Report on sanitation, dispensaries, and jails in Rajputana for 1912, and on vaccination for the year 1912-1913 - 1912-1913
Year: 1912
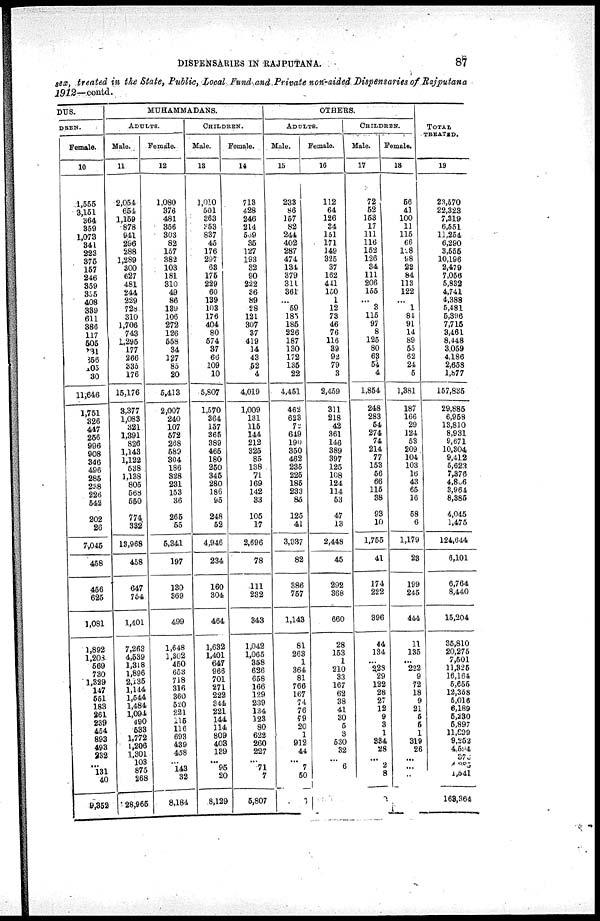
DISPENSARIES IN RAJPUTANA.
87
sex, treated in the State, Public, Local Fund and Private non-aided Dispensaries of Rajputana
1912—contd.
DUS.
DREN.
Female.
10
1,555
3,151
364
359
1,073
341
223
376
157
246
359
355
408
389
611
380
117
505
31
366
105
30
11,646
1,751
326
447
256
996
908
346
496
285
238
226
542
202
26
7,045
458
456
625
1,081
1,892
1,208
569
730
1,829
147
551
183
261
239
454
893
493
232
...
131
40
9,352
MUHAMMADANS.
ADULTS.
Male.
11
2,054
654
1,159
878
941
296
288
1,289
300
627
481
244
229
728
310
1,706
743
1,295
177
266
335
176
15,176
3,377
1,083
321
1,391
826
1,143
1,122
538
1,138
805
568
550
774
332
13,968
458
647
754
1,401
7,263
4,539
1,318
1,896
2,135
1,144
1,544
1,484
1,094
490
633
1,772
1,206
1,301
103
875
268
28,965
Female.
12
1,080
376
481
356
303
82
157
382
103
181
310
49
86
139
106
272
126
558
34
127
85
20
5,413
2,007
240
107
572
268
589
304
186
328
231
153
36
265
55
5,341
197
130
369
499
1,648
1,302
450
653
718
316
360
520
221
115
116
693
439
458
...
143
32
8,184
CHILDREN.
Male.
13
1,010
501
363
353
837
45
176
297
68
175
229
60
139
103
176
404
80
574
37
66
109
10
5,807
1,570
364
157
365
389
465
180
250
345
280
186
95
248
52
4,946
234
160
304
464
1,632
1,401
647
966
701
271
222
344
221
144
114
809
403
139
... 96
20
8,129
Female.
14
713
428
246
214
539
35
127
193
32
90
222
36
89
28
121
307
37
419
14
43
52
4
4,019
1,009
131
116
144
212
325
85
138
71
169
142
33
105
17
2,696
78
111
232
343
1,042
1,065
358
626
658
166
129
239
134
123
80
622
260
227
...
71
7
5,807
OTHERS.
ADULTS.
Male.
15
233
86
157
82
244
402
287
474
134
379
311
361
...
59
185 185
226
187
130
172
135
22
4,451
462
623
72
649
190
350
462
235
225
185
233
85
125
41
3,937
82
386
757
1,143
81
263
1
364
81
766
167
74
76
79
20
1
912
44
...
7
50
Female.
16
112
64
126
34
151
171
149
325
37
162
441
150
1
12
73
46
76
116
39
92
79
3
2,459
311
218
42
361
146
389
397
125
108
124
114
53
47
13
2,448
45
292
368
660
28
153
1
210
33
167
62
38
41
30
5
3
530
32
... 6
CHILDREN.
Male.
17
72
52
153
17
111
116
152
126
34
111
206
155
...
3
115
97
8
125
80
63
61
4
1,854
248
283
54
274
74
214
77
153
56
66
115
38
93
10
1,755
41
174
222
396
44
134
...
228
29
122
28
27
12
9
3
1
334
28
... 2
8
Female.
18
56
41
100
11
115
66
128
98
22
84
113
122
...
1
84
91
14
89
55
62
24
5
1,381
187
166
29
124
53
209
104
103
16
43
65
10
58
6
1,179
23
199
245
444
11
135
...
222
9
72
18
9
21
5
6
1
319
26
...
...
...
TOTAL
TREATED.
19
23,570
22,323
7,319
6,551
11,254
6,290
3,555
10,196
2,479
7,056
5,832
4,741
4,388
5,481
5,396
7,715
3,461
8,448
3,059
4,186
2,658
1,877
157,835
29,885
6,958
13,810
8,931
9,671
10,304
9,412
5,623
7,376
4,806
3,964
8,385
4,045
1,475
124,644
6,101
6,764
8,440
15,204
35,810
20,275
7,501
11,325
16,164
5,655
12,358
5,016
6,189
5,230
5,897
11,899
9,252
4,594
...
4,285
1,541
163,364